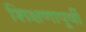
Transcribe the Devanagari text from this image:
शिक्षणापूर्वी